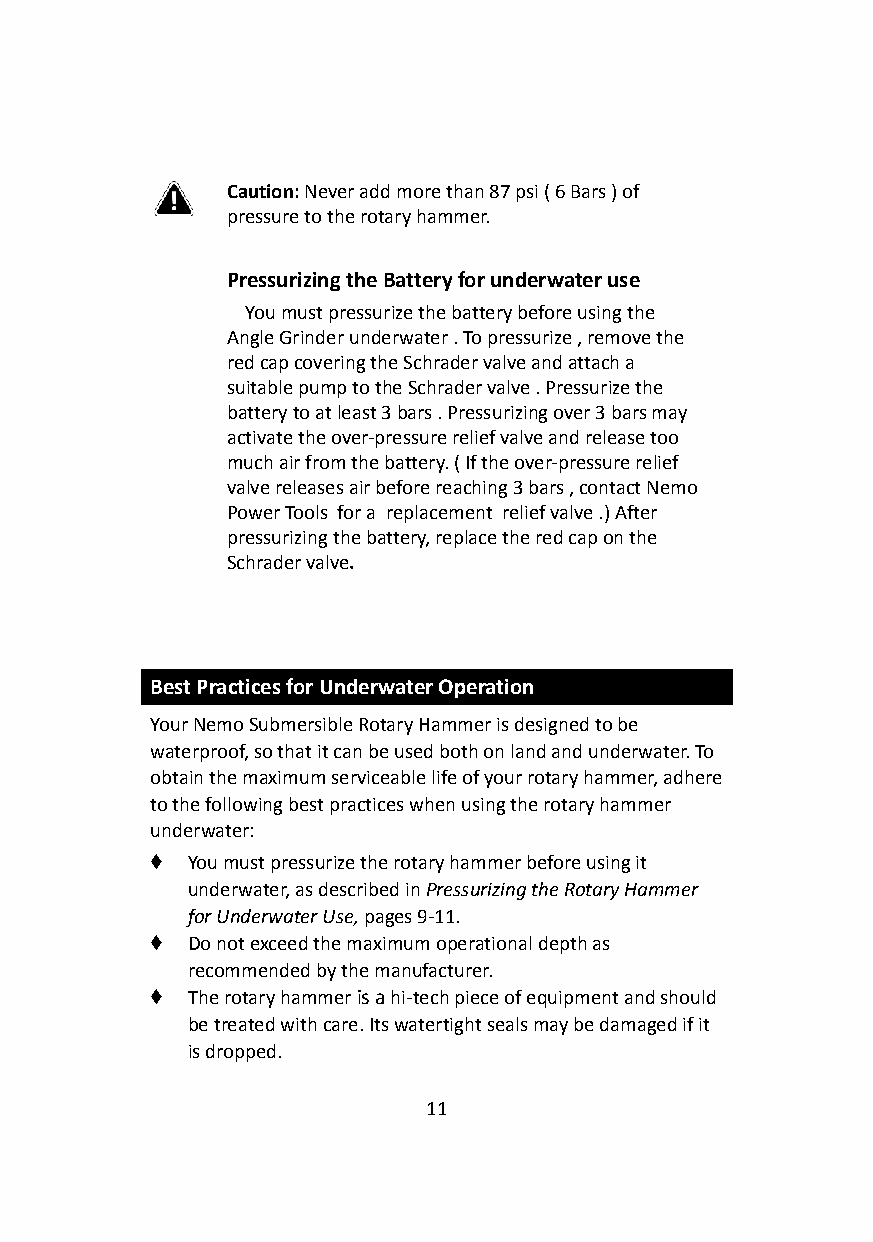
Caution:Never add more than 87 psi ( 6 Bars ) of
 pressure to the rotary hammer.
 Pressurizing the Battery for underwater use
 You must pressurize the battery before using the
 Angle Grinder underwater . To pressurize , removethe
 red cap covering the Schrader valve and attach a
 suitable pump to the Schrader valve . Pressurize the
 battery to at least 3 bars . Pressurizing over 3 barsmay
 activate the over-pressure relief valve and releasetoo
 much air from the battery. ( If the over-pressurerelief
 valve releases air before reaching 3 bars , contactNemo
 Power Tools for a replacement relief valve .) After
 pressurizing the battery, replace the red cap on the
 Schrader valve.
 Best Practices for Underwater Operation
 Your Nemo Submersible Rotary Hammer is designed tobe
 waterproof, so that it can be used both on land andunderwater. To
 obtain the maximum serviceable life of your rotaryhammer, adhere
 to the following best practices when using the rotaryhammer
 underwater:
 ♦ You must pressurize the rotary hammer before usingit
 underwater, as described inPressurizing the RotaryHammer
 for Underwater Use,pages 9-11.
 ♦ Do not exceed the maximum operational depth as
 recommended by the manufacturer.
 ♦ The rotary hammeris ahi-tech piece of equipmentand should
 be treated with care. Its watertight seals may bedamaged if it
 is dropped.
 11